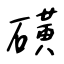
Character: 磺